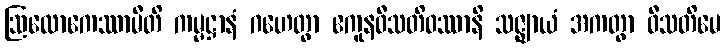
ဩလောကေဿာမီတိ ကမ္မဋ္ဌာနံ ဂဟေတွာ ဧကူနဝီသတိဝဿာနိ သဇ္ဈာယံ အကတွာ ဝီသတိမေ